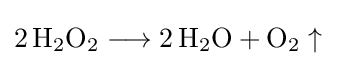
{2\,\mathrm {H} {\vphantom {A}}_{\smash[{t}]{2}}\mathrm {O} {\vphantom {A}}_{\smash[{t}]{2}}{}\mathrel {\longrightarrow } {}2\,\mathrm {H} {\vphantom {A}}_{\smash[{t}]{2}}\mathrm {O} {}+{}\mathrm {O} {\vphantom {A}}_{\smash[{t}]{2}}\uparrow {}}